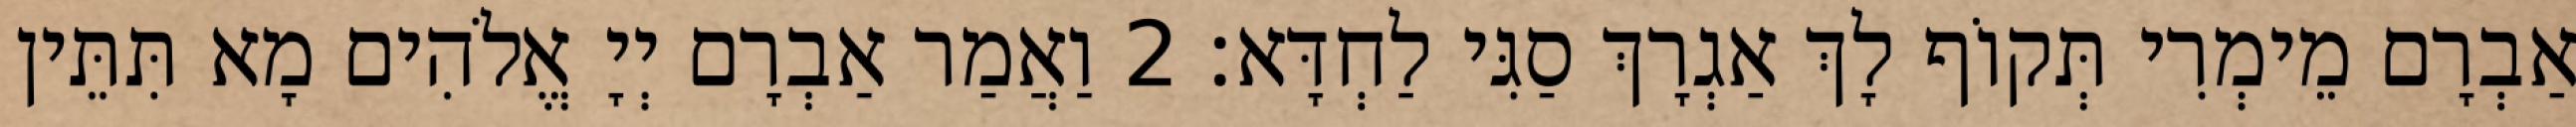
אַבְרָם מֵימְרִי תְּקוֹף לָךְ אַגְרָךְ סַגִּי לַחְדָּא׃ 2 וַאֲמַר אַבְרָם יְיָ אֱלֹהִים מָא תִּתֵּין